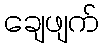
ချေဖျက်